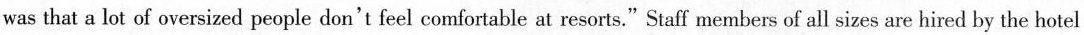
was that a lot of oversized people don't feel comfortable at resorts."Staff members of all sizes are hired by the hotel